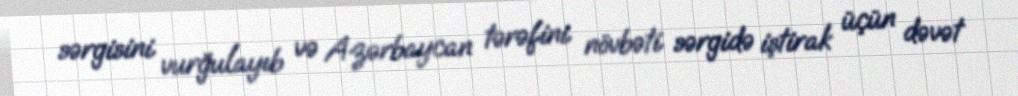
sərgisini vurğulayıb və Azərbaycan tərəfini növbəti sərgidə iştirak üçün dəvət